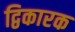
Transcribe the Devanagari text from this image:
द्विकारक